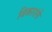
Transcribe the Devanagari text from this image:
विकारांनी